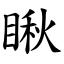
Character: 瞅